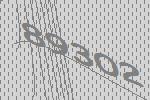
89302